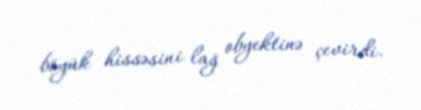
böyük hissəsini lağ obyektinə çevirdi.